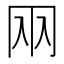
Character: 㒳